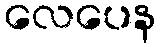
လေပေန